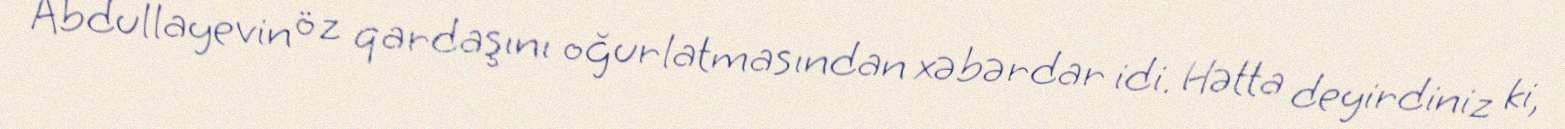
Abdullayevin öz qardaşını oğurlatmasından xəbərdar idi. Hətta deyirdiniz ki,